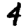
Digit: 4